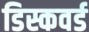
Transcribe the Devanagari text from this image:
डिस्कवर्ड